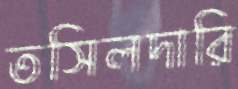
তসিলদারি